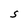
Character: S